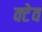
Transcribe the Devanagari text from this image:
क्टेव